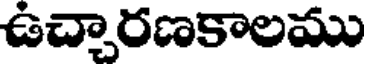
ఉచ్చారణకాలము